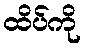
ထိပ်ကို